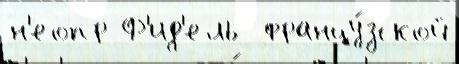
н'еопр Ф'ид'ель  францу́зской